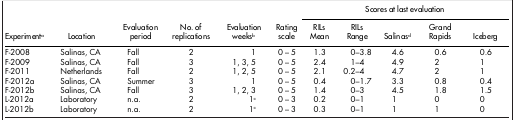
<table><thead><tr><td><b> </b></td><td><b> </b></td><td><b> </b></td><td><b> </b></td><td><b> </b></td><td><b> </b></td><td colspan="5"><b>Scores at last evaluation</b></td></tr><tr><td><b>Experimenta</b></td><td><b>Location</b></td><td><b>Evaluation period</b></td><td><b>No. of replications</b></td><td><b>Evaluation weeksb</b></td><td><b>Rating scale</b></td><td><b>RILs Mean</b></td><td><b>RILs Range</b></td><td><b>Salinasd</b></td><td><b>Grand Rapids</b></td><td><b>Iceberg</b></td></tr></thead><tbody><tr><td>F-2008</td><td>Salinas, CA</td><td>Fall</td><td>2</td><td>1</td><td>0 – 5</td><td>1.3</td><td>0–3.8</td><td>4.6</td><td>0.6</td><td>0.6</td></tr><tr><td>F-2009</td><td>Salinas, CA</td><td>Fall</td><td>3</td><td>1, 3, 5</td><td>0 – 5</td><td>2.4</td><td>1–4</td><td>4.9</td><td>2</td><td>1</td></tr><tr><td>F-2011</td><td>Netherlands</td><td>Fall</td><td>2</td><td>1, 2, 5</td><td>0 – 5</td><td>2.1</td><td>0.2–4</td><td>4.7</td><td>2</td><td>1</td></tr><tr><td>F-2012a</td><td>Salinas, CA</td><td>Summer</td><td>3</td><td>1</td><td>0 – 5</td><td>0.4</td><td>0–1.7</td><td>3.3</td><td>0.8</td><td>0.4</td></tr><tr><td>F-2012b</td><td>Salinas, CA</td><td>Fall</td><td>3</td><td>1, 2, 3</td><td>0 – 5</td><td>1.4</td><td>0–3</td><td>4.5</td><td>1.8</td><td>1.5</td></tr><tr><td>L-2012a</td><td>Laboratory</td><td>n.a.</td><td>2</td><td>1c</td><td>0 – 3</td><td>0.2</td><td>0–1</td><td>1</td><td>0</td><td>0</td></tr><tr><td>L-2012b</td><td>Laboratory</td><td>n.a.</td><td>2</td><td>1c</td><td>0 – 3</td><td>0.3</td><td>0–1</td><td>1</td><td>1</td><td>0</td></tr></tbody></table>